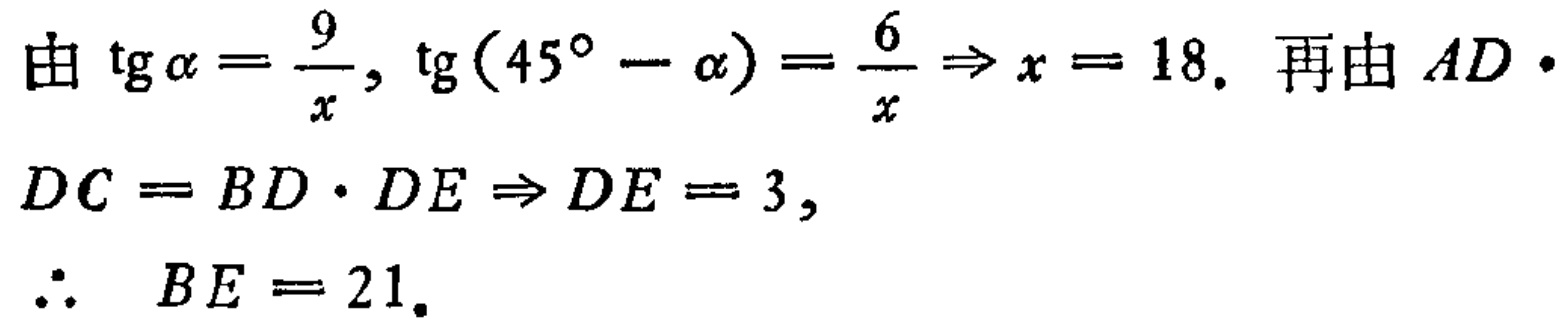
由\(\tan\alpha = \frac{9}{x}, \tan(45^{\circ}-\alpha)=\frac{6}{x}\Rightarrow x = 18.\) 再由 \(AD\cdot DC = BD\cdot DE\Rightarrow DE = 3,\)
\(\therefore BE = 21.\)